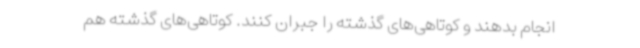
انجام بدهند و کوتاهی‌های گذشته را جبران کنند. کوتاهی‌های گذشته هم